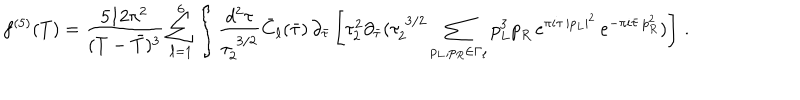
f ^ { ( 5 ) } ( T ) = { \frac { 5 1 2 \pi ^ { 2 } } { ( T - { \bar { T } } ) ^ { 3 } } } \sum _ { \ell = 1 } ^ { 6 } \int \frac { d ^ { 2 } \tau } { \tau _ { 2 } ^ { \; 3 / 2 } } \bar { C } _ { \ell } ( \bar { \tau } ) \, \partial _ { \bar { \tau } } \left[ \tau _ { 2 } ^ { 2 } \partial _ { \bar { \tau } } ( \tau _ { 2 } ^ { \; 3 / 2 } \sum _ { p _ { L } , p _ { R } \in \Gamma _ { \ell } } p _ { L } ^ { 3 } { p } _ { R } \, e ^ { \pi i \tau \, | p _ { L } | ^ { 2 } } \, e ^ { - \pi i \bar { \tau } \, p _ { R } ^ { 2 } } ) \right] \, .